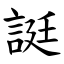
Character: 誔